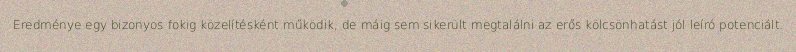
Eredménye egy bizonyos fokig közelítésként működik, de máig sem sikerült megtalálni az erős kölcsönhatást jól leíró potenciált.